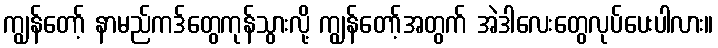
ကျွန်တော့် နာမည်ကဒ်တွေကုန်သွားလို့ ကျွန်တော့်အတွက် အဲဒါလေးတွေလုပ်ပေးပါလား။